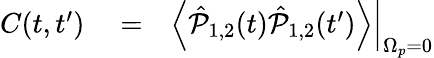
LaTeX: \begin{array}{rlr}{C(t,t^{\prime})}&{{}=}&{\left.\left<\hat{\mathcal P}_{1,2}(t)\hat{\mathcal P}_{1,2}(t^{\prime})\right>\right|_{\Omega_{p}=0}}\end{array}